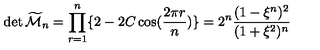
\det { \widetilde { \cal M } _ { n } } = \prod _ { r = 1 } ^ { n } \{ 2 - 2 C \cos ( { \frac { 2 \pi r } { n } } ) \} = 2 ^ { n } { \frac { ( 1 - \xi ^ { n } ) ^ { 2 } } { ( 1 + \xi ^ { 2 } ) ^ { n } } }